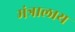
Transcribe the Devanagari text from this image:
मंत्रालाय